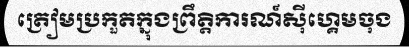
ត្រៀមប្រកួតក្នុងព្រឹត្តិការណ៍ស៊ីហ្គេមចុង